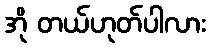
အို တယ်ဟုတ်ပါလား